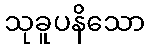
သုခူပနိသော